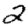
Digit: 2